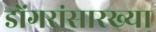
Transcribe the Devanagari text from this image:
डोंगरांसारख्या